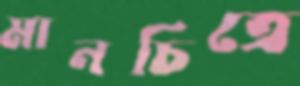
মানচিত্রে